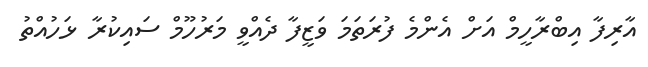
އާރިފާ އިބްރާހީމް އަށް އެންމެ ފުރަތަމަ ވަޒީފާ ދެއްވީ މަރުހޫމް ސައިކުރާ ޅަހުއްތު